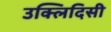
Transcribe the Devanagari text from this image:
उक्लिदिसी